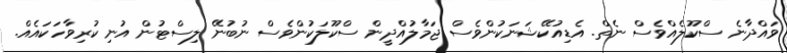
ވައްދާނެ ސްކޫލެއްވެސް ނެތް. އެޑިއުކޭޝަނަކުންވެސް ޖަމާލުއްދީން ސްކޫލަކުންވެސް ނުބުނޭ ލިސްޓުން އުނި ކުރިވާހަކައެއް.